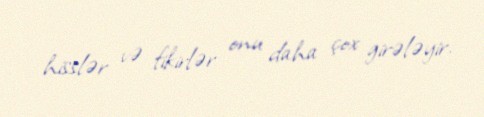
hisslər və fikirlər onu daha çox girələyir.